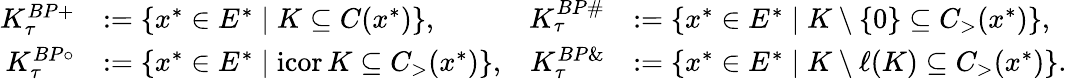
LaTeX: \begin{array}{rlrl}{K_{\tau}^{BP+}}&{:=\{ x^{*}\in E^{*}\mid K\subseteq C(x^{*})\} ,}&{K_{\tau}^{BP\# }}&{:=\{ x^{*}\in E^{*}\mid K\setminus\{ 0\} \subseteq C_{>}(x^{*})\} ,}\\ {K_{\tau}^{BP\circ}}&{:=\{ x^{*}\in E^{*}\mid\mathrm{icor}\, K\subseteq C_{>}(x^{*})\} ,}&{K_{\tau}^{BP\& }}&{:=\{ x^{*}\in E^{*}\mid K\setminus\ell(K)\subseteq C_{>}(x^{*})\} .}\end{array}